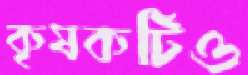
কৃষকটিও